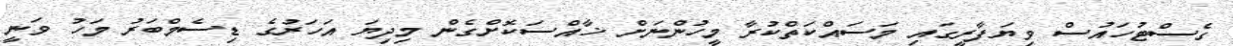
ގެސްޓުހައުސް ވިޔަފާރީގައި މަސައްކަތްކުރާ މީހުންނަށް ޚާއްސަކޮށްގެން މިދިޔަ އަހަރުގެ ޑިސެމްބަރު މަހު ވަނީ